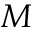
M